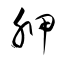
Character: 胛